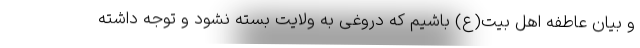
و بیان عاطفه اهل بیت(ع) باشیم که دروغی به ولایت بسته نشود و توجه داشته